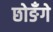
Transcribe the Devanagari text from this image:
छोङँगे